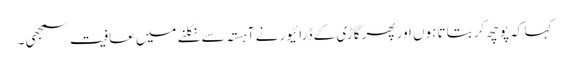
کہا کہ پوچھ کر بتاتا ہوں اور پھر گاڑی کے ڈرائیور نے آہستہ سے نکلنے میں عافیت سمجھی ۔